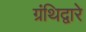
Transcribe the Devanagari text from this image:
ग्रंथिद्वारे